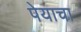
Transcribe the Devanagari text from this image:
पेयाचा